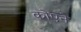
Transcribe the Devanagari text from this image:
कोएने